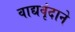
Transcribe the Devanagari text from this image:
वाद्यवृंदाने